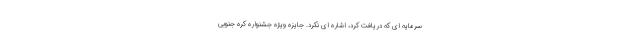
سرمایه ای که دریافت کرد، اشاره ای نکرد. جایزه ویژه جشنواره کره جنوبی